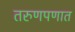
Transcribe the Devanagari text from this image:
तरुणपणात